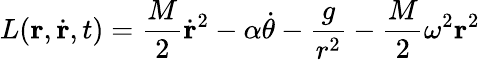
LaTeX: L({\mathbf r},\dot{\mathbf r},t)=\frac{M}{2}\dot{\mathbf r}^{2}-\alpha\dot{\theta}-\frac{g}{r^{2}}-\frac{M}{2}\omega^{2}{\mathbf r}^{2}